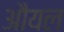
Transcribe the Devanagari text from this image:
औयल